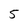
Character: 5